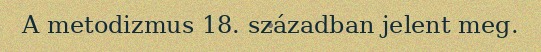
A metodizmus 18. században jelent meg.